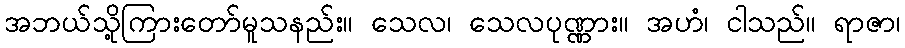
အဘယ်သို့ကြားတော်မူသနည်း။ သေလ၊ သေလပုဏ္ဏား။ အဟံ၊ ငါသည်။ ရာဇာ၊